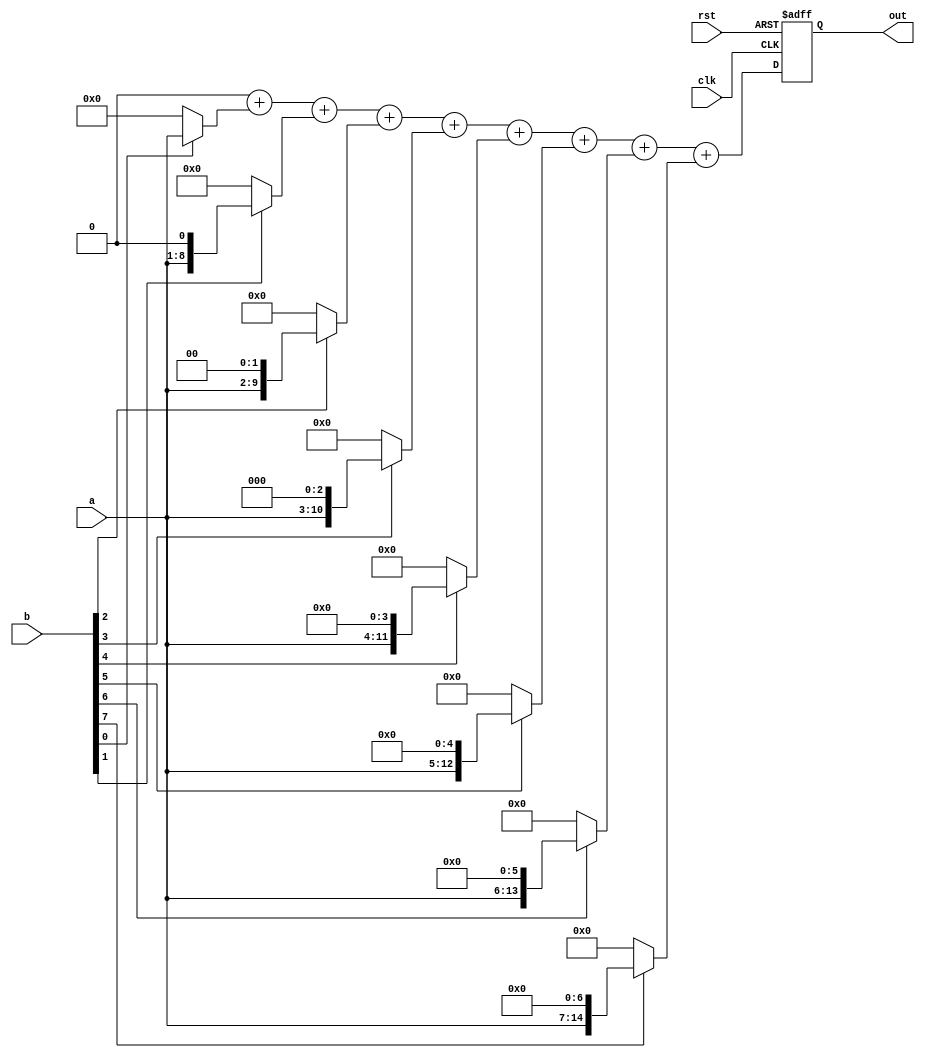
//  for
module multiplier4(clk,rst,a,b,out);
 parameter SIZE=8;
 input clk;
 input rst;
 input[SIZE-1:0] a;
 input[SIZE-1:0] b;
 output[2*SIZE-1:0] out;
 integer i;
 reg[2*SIZE-1:0] a_tmp;
 reg[2*SIZE-1:0] out_tmp;
 reg[2*SIZE-1:0] out;
 
 always@(posedge clk or negedge rst)
  begin
   if(!rst)
    out=0;
   else
    begin
	 a_tmp={{(SIZE){1'b0}},a};
	 out_tmp=0;
	 for( i=0;i<SIZE;i=i+1)
	  out_tmp=out_tmp+(b[i]?(a_tmp<<i):0);
	 out=out_tmp;
	end
  end
endmodule